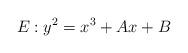
LaTeX: \begin{align*} E: y^2 = x^3 + Ax + B\end{align*}